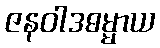
ဇနဝါဒဓမ္မာယ